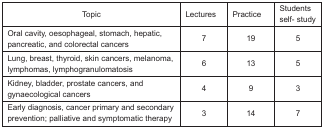
<table><thead><tr><td><b>Topic</b></td><td><b>Lectures</b></td><td><b>Practice</b></td><td><b>Students self-study</b></td></tr></thead><tbody><tr><td>Oral cavity, oesophageal, stomach, hepatic, pancreatic, and colorectal cancers</td><td>7</td><td>19</td><td>5</td></tr><tr><td>Lung, breast, thyroid, skin cancers, melanoma, lymphomas, lymphogranulomatosis</td><td>6</td><td>13</td><td>5</td></tr><tr><td>Kidney, bladder, prostate cancers, and gynaecological cancers</td><td>4</td><td>9</td><td>3</td></tr><tr><td>Early diagnosis, cancer primary and secondary prevention; palliative and symptomatic therapy</td><td>3</td><td>14</td><td>7</td></tr></tbody></table>